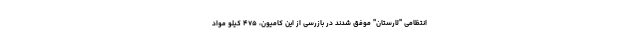
انتظامی "لارستان" موفق شدند در بازرسی از این کامیون، ۴۷۵ کیلو مواد